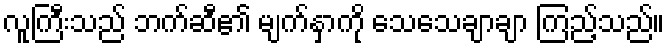
လူကြီးသည် ဘက်ဆီ၏ မျက်နှာကို သေသေချာချာ ကြည့်သည်။